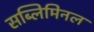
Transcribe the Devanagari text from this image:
सब्लिमिनल